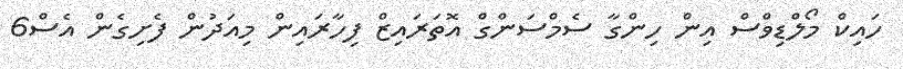
ހައިކް މޯލްޑިވްސް އިން ހިންގާ ސެމްސަންގް އޮތަރައިޒް ފިހާރައިން މިއަދުން ފެށިގެން އެސް6